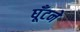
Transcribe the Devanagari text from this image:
घूँटने